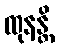
ထုနန္တိ